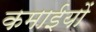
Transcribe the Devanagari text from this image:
कमाईयों